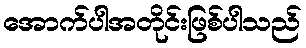
အောက်ပါအတိုင်းဖြစ်ပါသည်